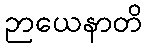
ဉာယေနာတိ